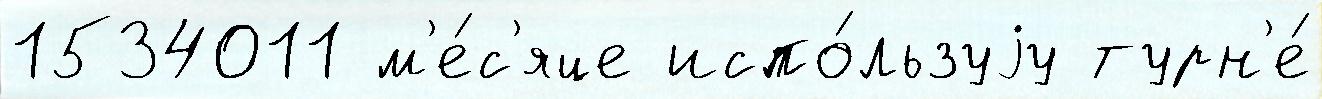
1534011 м'е́с'яце испо́льзуjу турн'е́